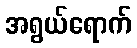
အရွယ်ရောက်